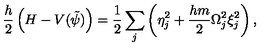
\frac { h } { 2 } \left( H - V ( \tilde { \psi } ) \right) = \frac { 1 } { 2 } \sum _ { j } \left( \eta _ { j } ^ { 2 } + \frac { h m } { 2 } \Omega _ { j } ^ { 2 } \xi _ { j } ^ { 2 } \right) ,